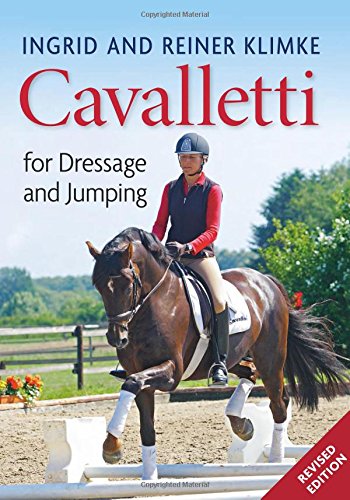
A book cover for Cavalletti: For Dressage and Jumping; Ingrid Klimke; Crafts, Hobbies & Home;